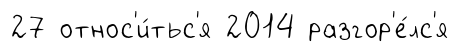
27 относ'и́тьс'я 2014 разгор'е́лс'я